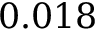
0 . 0 1 8